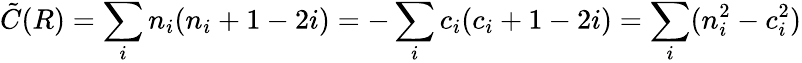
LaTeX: {\tilde{C}}(R)=\sum_{i}n_{i}(n_{i}+1-2i)=-\sum_{i}c_{i}(c_{i}+1-2i)=\sum_{i}(n_{i}^{2}-c_{i}^{2})